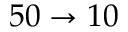
5 0 \rightarrow 1 0